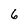
Character: 6